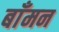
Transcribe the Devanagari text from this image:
बाँमन